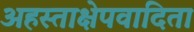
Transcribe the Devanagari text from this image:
अहस्ताक्षेपवादिता